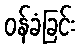
ဝန်ခံခြင်း